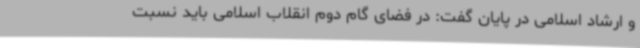
و ارشاد اسلامی در پایان گفت: در فضای گام دوم انقلاب اسلامی باید نسبت